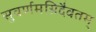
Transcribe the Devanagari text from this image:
सुवर्णमग्निदैवतम्